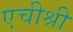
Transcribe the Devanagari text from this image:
एचीश्री